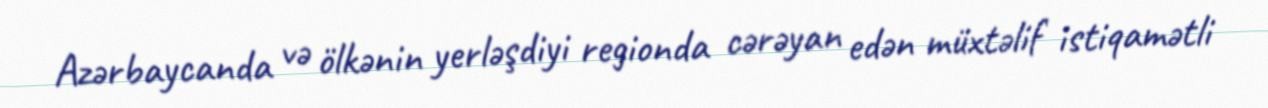
Azərbaycanda və ölkənin yerləşdiyi regionda cərəyan edən müxtəlif istiqamətli